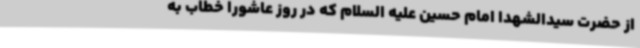
از حضرت سیدالشهدا امام حسین علیه السلام که در روز عاشورا خطاب به